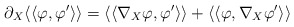
\begin{align*}\partial_X \langle\langle\varphi,\varphi'\rangle\rangle=\langle\langle\nabla_X\varphi,\varphi'\rangle\rangle+ \langle\langle\varphi,\nabla_X\varphi'\rangle\rangle\end{align*}